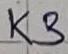
Text: K3